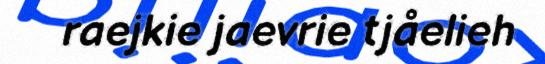
raejkie jaevrie tjåelieh